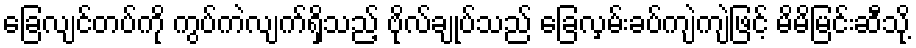
ခြေလျင်တပ်ကို ကွပ်ကဲလျက်ရှိသည့် ဗိုလ်ချုပ်သည် ခြေလှမ်းခပ်ကျဲကျဲဖြင့် မိမိမြင်းဆီသို့